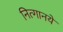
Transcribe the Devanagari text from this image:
नित्‍गानये